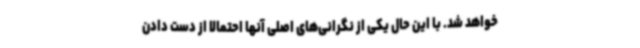
خواهد شد. با این حال یکی از نگرانی‌های اصلی آنها احتمالا از دست دادن